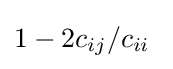
1-2c_{ij}/c_{ii}\